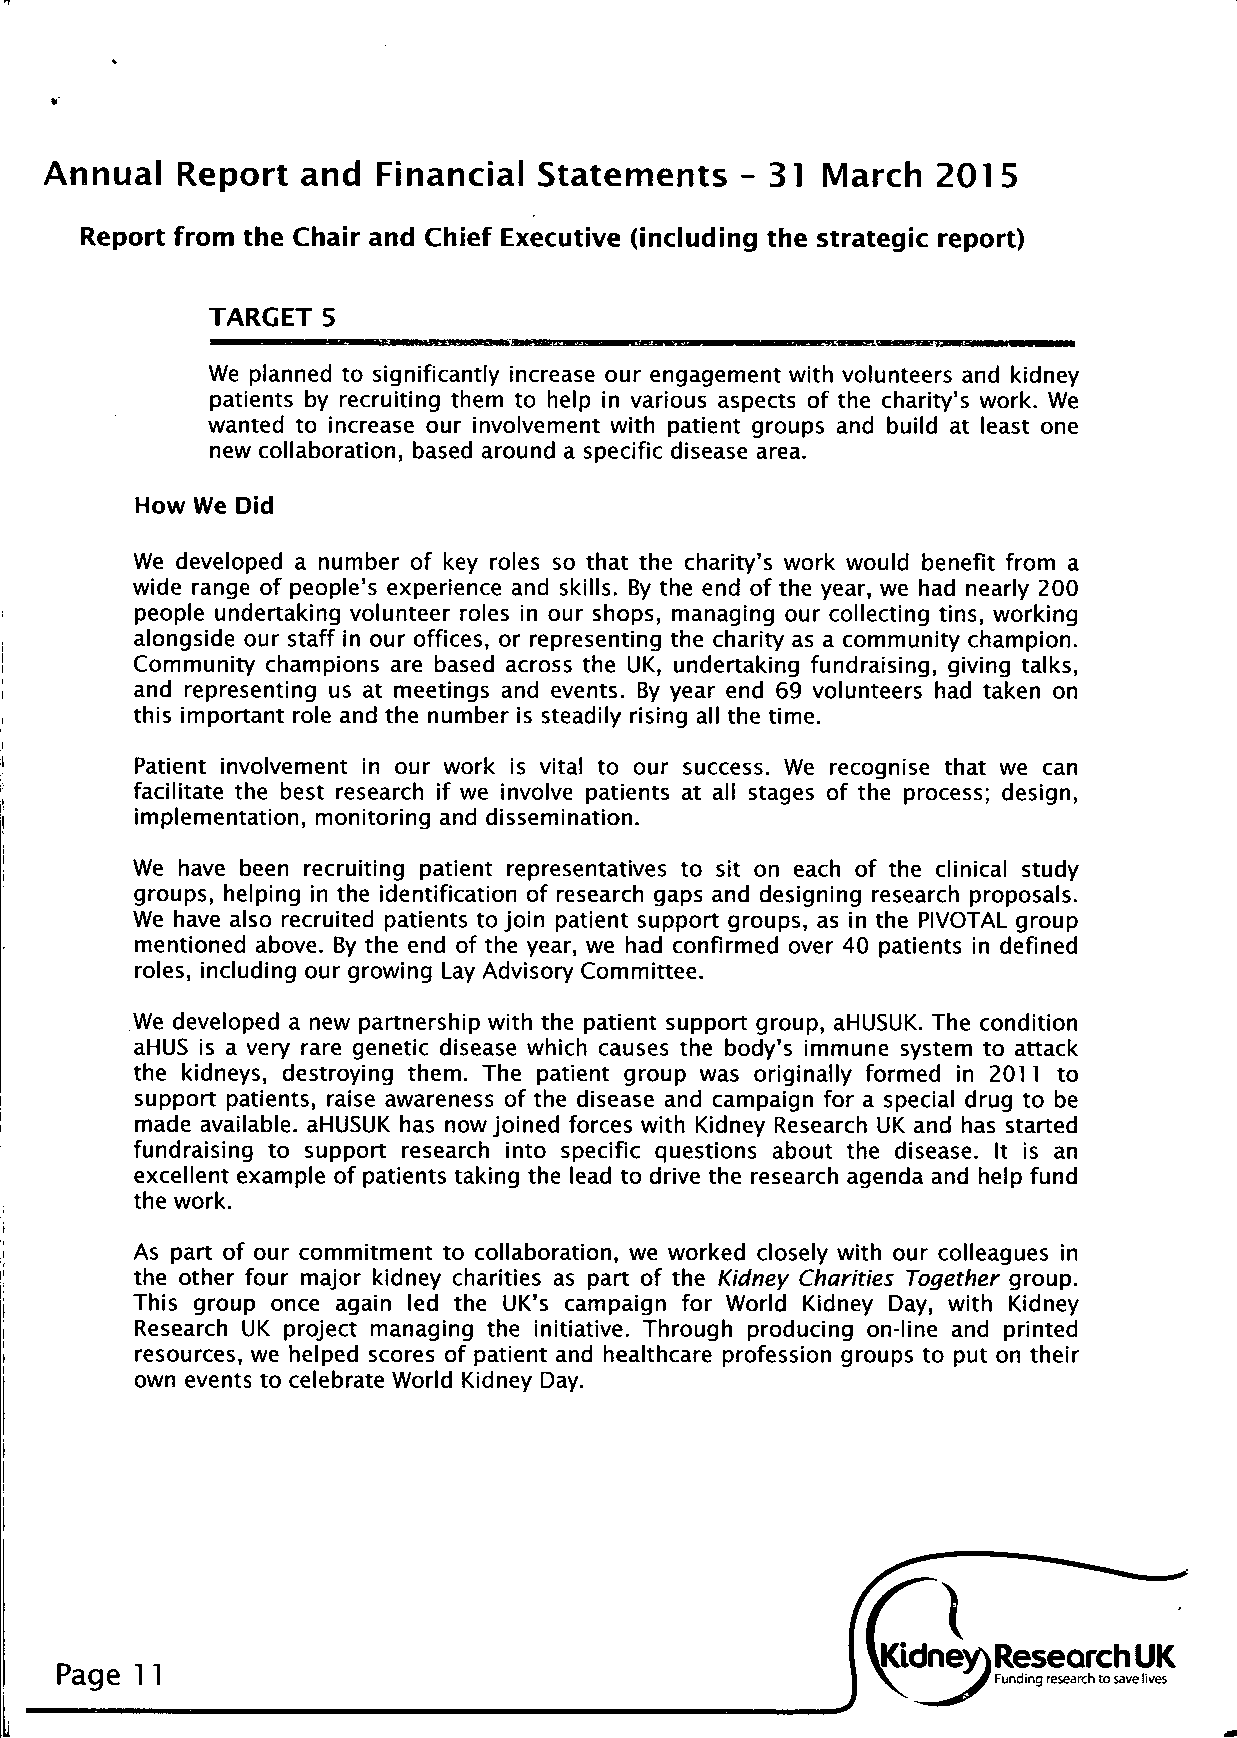
Annual   Report  and  Financial Statements    - 31 March   2015
 Report from the Chair and Chief Executive (including the strategic report)
 TARGET 5
 We planned to significantly increase our engagement with volunteers and kidney
 patients by recruiting them to help in various aspects of the charity's work. We
 wanted to increase our involvement with patient groups and build at least one
 new collaboration, based around a specific disease area.
 How We Did
 We developed a number of key roles so that the charity's work would benefit from a
 wide range of people's experience and skills. By the end of the year, we had nearly 200
 people undertaking volunteer roles in our shops, managing our collecting tins, working
 alongside our staff in our offices, or representing the charity as a community champion.
 Community champions are based across the UK, undertaking fundraising, giving talks,
 and representing us at meetings and events. By year end 69 volunteers had taken on
 this important role and the number is steadily rising all the time.
 Patient involvement in our work is vital to our success. We recognise that we can
 facilitate the best research if we involve patients at all stages of the process; design,
 implementation, monitoring and dissemination.
 We have been recruiting patient representatives to sit on each of the clinical study
 groups, helping in the identification of research gaps and designing research proposals.
 We have also recruited patients to join patient support groups, as in the PIVOTAL group
 mentioned above. By the end of the year, we had confirmed over 40 patients in defined
 roles, including our growing Lay Advisory Committee.
 We developed a new partnership with the patient support group, aHUSUK. The condition
 aHUS is a very rare genetic disease which causes the body's immune system to attack
 the kidneys, destroying them. The patient group was originally formed in 2011 to
 support patients, raise awareness of the disease and campaign for a special drug to be
 made available. aHUSUK has now joined forces with Kidney Research UK and has started
 fundraising to support research into specific questions about the disease. It is an
 excellent example of patients taking the lead to drive the research agenda and help fund
 the work.
 As part of our commitment to collaboration, we worked closely with our colleagues in
 the other four major kidney charities as part of the Kidney Charities Together group.
 This group once again led the UK's campaign for World Kidney Day, with Kidney
 Research UK project managing the initiative. Through producing on-line and printed
 resources, we helped scores of patient and healthcare profession groups to put on their
 own events to celebrate World Kidney Day.
 Page 11